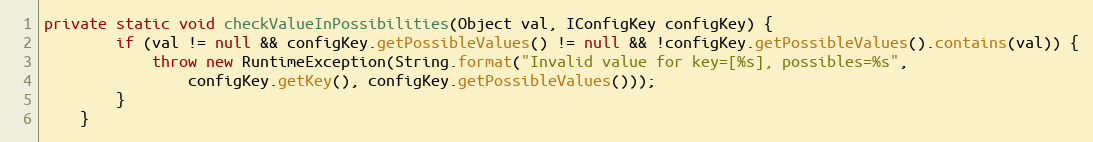
Language: Java
private static void checkValueInPossibilities(Object val, IConfigKey configKey) {
		if (val != null && configKey.getPossibleValues() != null && !configKey.getPossibleValues().contains(val)) {
			throw new RuntimeException(String.format("Invalid value for key=[%s], possibles=%s",
				configKey.getKey(), configKey.getPossibleValues()));
		}
	}